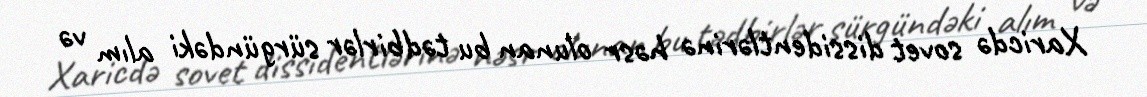
Xaricdə sovet dissidentlərinə həsr olunan bu tədbirlər sürgündəki alım və